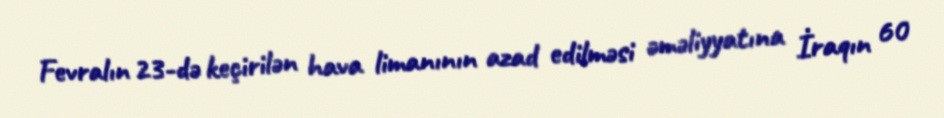
Fevralın 23-də keçirilən hava limanının azad edilməsi əməliyyatına İraqın 60